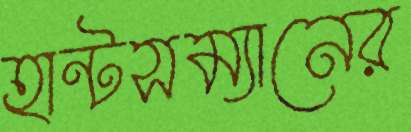
হান্টসম্যানের